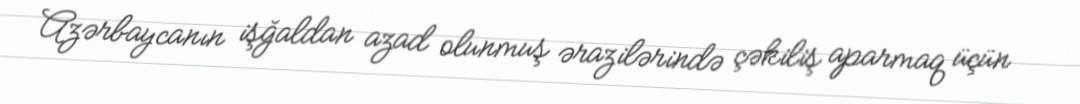
Azərbaycanın işğaldan azad olunmuş ərazilərində çəkiliş aparmaq üçün